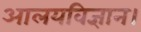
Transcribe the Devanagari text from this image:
आलयविज्ञान।